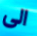
الى